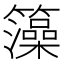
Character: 𮆼